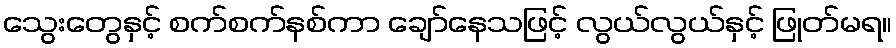
သွေးတွေနှင့် စက်စက်နစ်ကာ ချော်နေသဖြင့် လွယ်လွယ်နှင့် ဖြုတ်မရ။